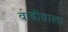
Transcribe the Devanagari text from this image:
वाडीवाला